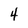
Character: 4